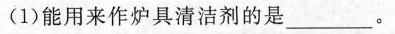
(1)能用来作炉具清洁剂的是___。